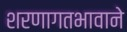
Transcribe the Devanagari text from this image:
शरणागतभावाने